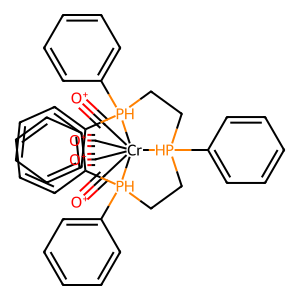
SMILES: [O+]#C[Cr]12(C#[O+])(C#[O+])(C#[O+])[PH](c3ccccc3)(CC[PH]1(c1ccccc1)c1ccccc1)CC[PH]2(c1ccccc1)c1ccccc1
Inhibits HIV replication: No